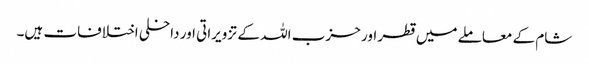
شام کے معاملے میں قطر اور حزب اللہ کے تزویراتی اور داخلی اختلافات ہیں۔